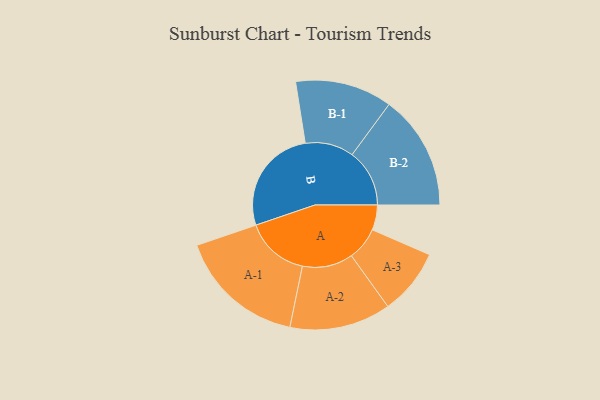
{"axis": {"x": "Segment", "y": "Value"}, "legend": ["", "A", "B"], "data": [{"x": "A", "y": 107, "type": ""}, {"x": "B", "y": 456, "type": ""}, {"x": "A-1", "y": 272, "type": "A"}, {"x": "A-2", "y": 216, "type": "A"}, {"x": "A-3", "y": 141, "type": "A"}, {"x": "B-1", "y": 207, "type": "B"}, {"x": "B-2", "y": 245, "type": "B"}]}